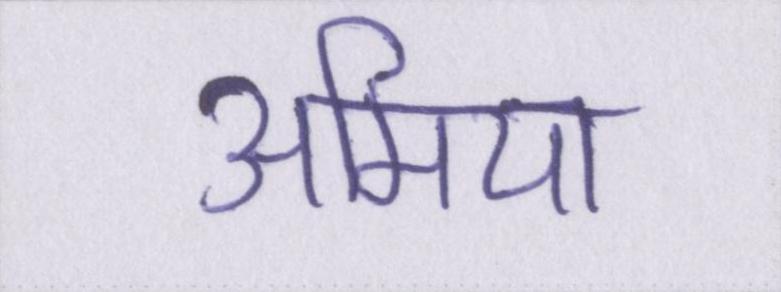
अमिया